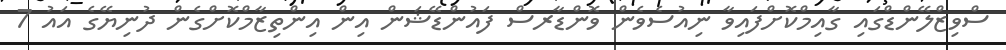
ސްވިޒްލޭންޑްގައި ގާއިމްކޮށްފައިވާ ނިއުސެވެން ވޮންޑާރސް ފައުންޑޭޝަން އިން އިންތިޒާމްކޮށްގެން ދުނިޔޭގެ އައު 7